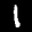
Label: 1